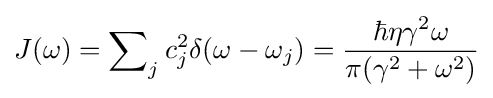
J(\omega )=\sum \nolimits _{j}c_{j}^{2}\delta (\omega -\omega _{j})={\frac {\hbar \eta \gamma ^{2}\omega }{\pi (\gamma ^{2}+\omega ^{2})}}